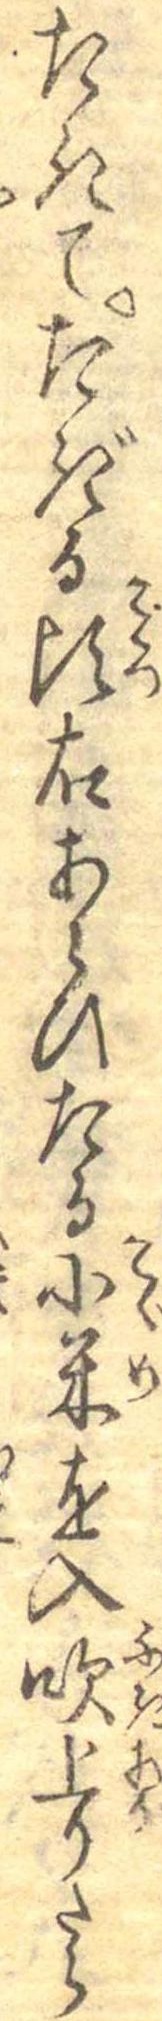
たきてたぎる頃右あらひたる小米を入吹上りたら